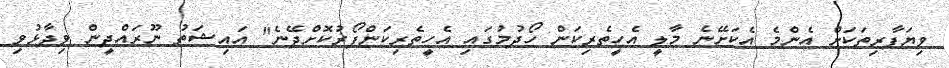
ވިޔަފާރިތަކަށް އެންމެ އެކަށޭނެ މާލީ އެހީތެރިކަން ހޯދުމުގައި އެހީތެރިކަންފޯރުކޮށްދޭނެ" އައިޝަތު ނޫރައްދީން ވިދާޅުވި